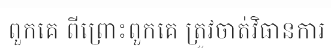
ពួកគេ ពីព្រោះពួកគេ ត្រូវចាត់វិធានការ